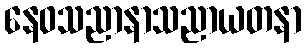
နေဝသညာနာသညာယတနာ